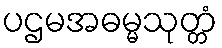
ပဌမအဓမ္မသုတ္တံ